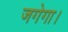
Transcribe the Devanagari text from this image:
जगेगा।